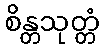
စိန္တသုတ္တံ